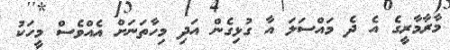
މާރާމާރީގެ އެ ދެ މައްސަލަ އާ ގުޅިގެން އަދި މިހާތަނަށް އެއްވެސް މީހަކު